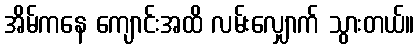
အိမ်ကနေ ကျောင်းအထိ လမ်းလျှောက် သွားတယ်။